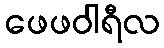
ဖေဖဝါရီလ